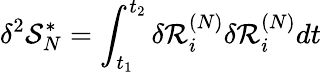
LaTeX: \delta^{2}\mathcal{S}_{N}^{*}=\int_{t_{1}}^{t_{2}}\delta\mathcal{R}_{i}^{(N)}\delta\mathcal{R}_{i}^{(N)}dt